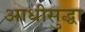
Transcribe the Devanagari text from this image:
आधीसुद्धा